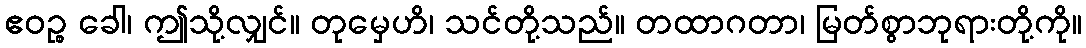
ဧဝဉ္စ ခေါ၊ ဤသို့လျှင်။ တုမှေဟိ၊ သင်တို့သည်။ တထာဂတာ၊ မြတ်စွာဘုရားတို့ကို။